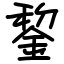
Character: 錅